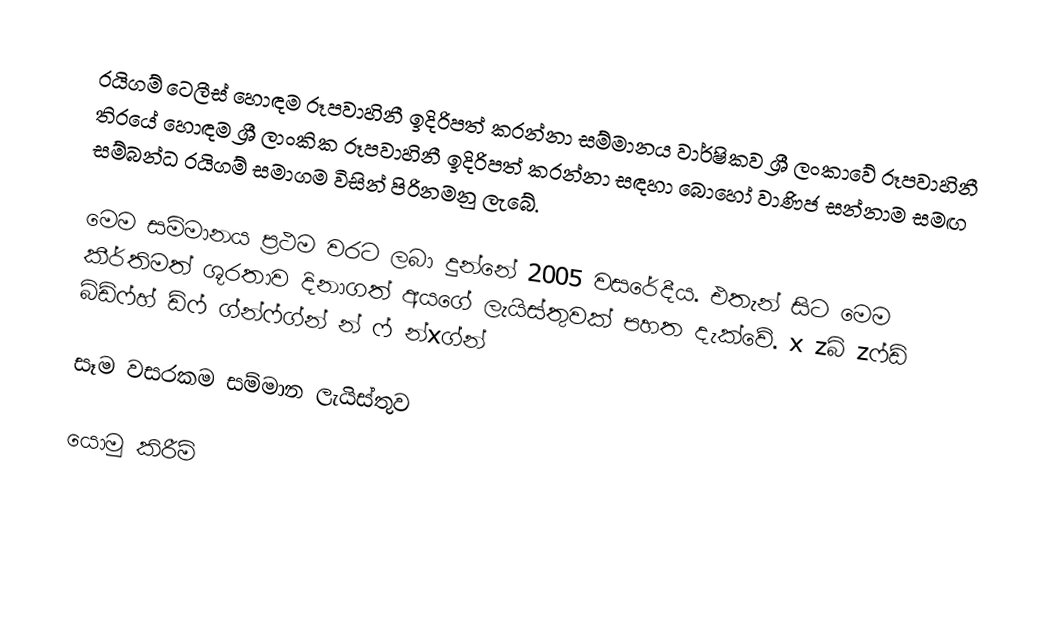
රයිගම් ටෙලීස් හොඳම රූපවාහිනී ඉදිරිපත් කරන්නා සම්මානය වාර්ෂිකව ශ්‍රී ලංකාවේ රූපවාහිනී තිරයේ හොඳම ශ්‍රී ලාංකික රූපවාහිනී ඉදිරිපත් කරන්නා සඳහා බොහෝ වාණිජ සන්නාම සමඟ සම්බන්ධ රයිගම් සමාගම විසින් පිරිනමනු ලැබේ.

මෙම සම්මානය ප්‍රථම වරට ලබා දුන්නේ 2005 වසරේදීය. එතැන් සිට මෙම කීර්තිමත් ශූරතාව දිනාගත් අයගේ ලැයිස්තුවක් පහත දැක්වේ. x zබ් zෆ්ඩ් බ්ඩ්ෆ්හ් ඩ්ෆ් ග්න්ෆ්ග්න් න් ෆ් න්xග්න්

සෑම වසරකම සම්මාන ලැයිස්තුව

යොමු කිරීම්